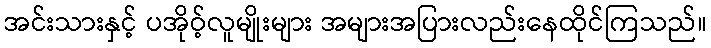
အင်းသားနှင့် ပအိုဝ့်လူမျိုးများ အများအပြားလည်းနေထိုင်ကြသည်။